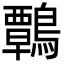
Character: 鷣